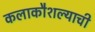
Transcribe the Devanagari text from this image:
कलाकौशल्याची